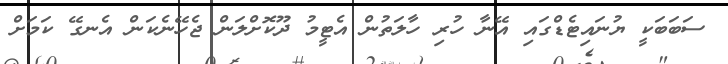
ސަބަބަކީ ޔުނައިޓެޑްގައި އޭނާ ހުރި ހާލަތުން އެޓީމު ދޫކޮށްލަން ޖެހޭނެކަން އެނގޭޭ ކަމަށް